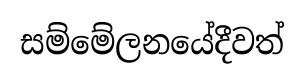
සම්මේලනයේදීවත්